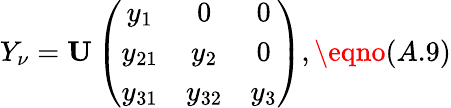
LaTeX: Y_{\nu}={\mathbf U}\left(\begin{array}{ccc}{{y_{1}}}&{{0}}&{{0}}\\ {{y_{21}}}&{{y_{2}}}&{{0}}\\ {{y_{31}}}&{{y_{32}}}&{{y_{3}}}\end{array}\right),\eqno(A.9)